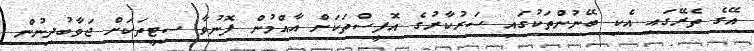
އޭގެ ތެރޭގައި އެކި ބޭނުންތަކުގައި ސަރުކާރުގެ އޮފީސްތަކަށް އާއްމުން ފޮނުވާ ސިޓީތަކަށް ޖަވާބުދިނުން